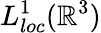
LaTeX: L_{loc}^{1}(\mathbb{R}^{3})